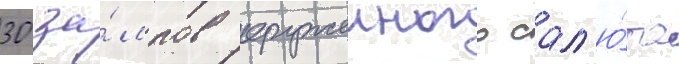
30 за́лпов оружеиного сал'ю́та